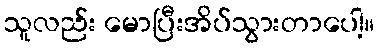
သူလည်း မောပြီးအိပ်သွားတာပေါ့။